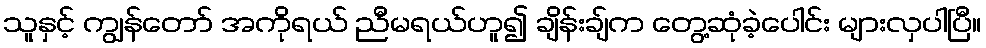
သူနှင့် ကျွန်တော် အကိုရယ် ညီမရယ်ဟူ၍ ချိန်းချ်က တွေ့ဆုံခဲ့ပေါင်း များလှပါပြီ။